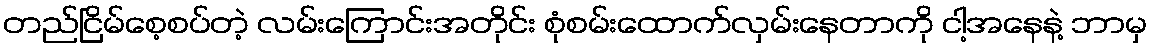
တည်ငြိမ်စေ့စပ်တဲ့ လမ်းကြောင်းအတိုင်း စုံစမ်းထောက်လှမ်းနေတာကို ငါ့အနေနဲ့ ဘာမှ